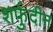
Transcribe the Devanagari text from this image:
शर्फुदीन